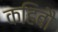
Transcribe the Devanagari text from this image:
कहिबौ